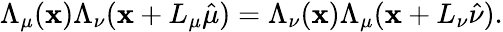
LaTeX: \Lambda_{\mu}(\mathbf{x})\Lambda_{\nu}(\mathbf{x}+L_{\mu}\hat{{\mu}})=\Lambda_{\nu}(\mathbf{x})\Lambda_{\mu}(\mathbf{x}+L_{\nu}\hat{{\nu}}).